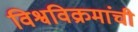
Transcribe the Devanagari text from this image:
विश्वविक्रमांची